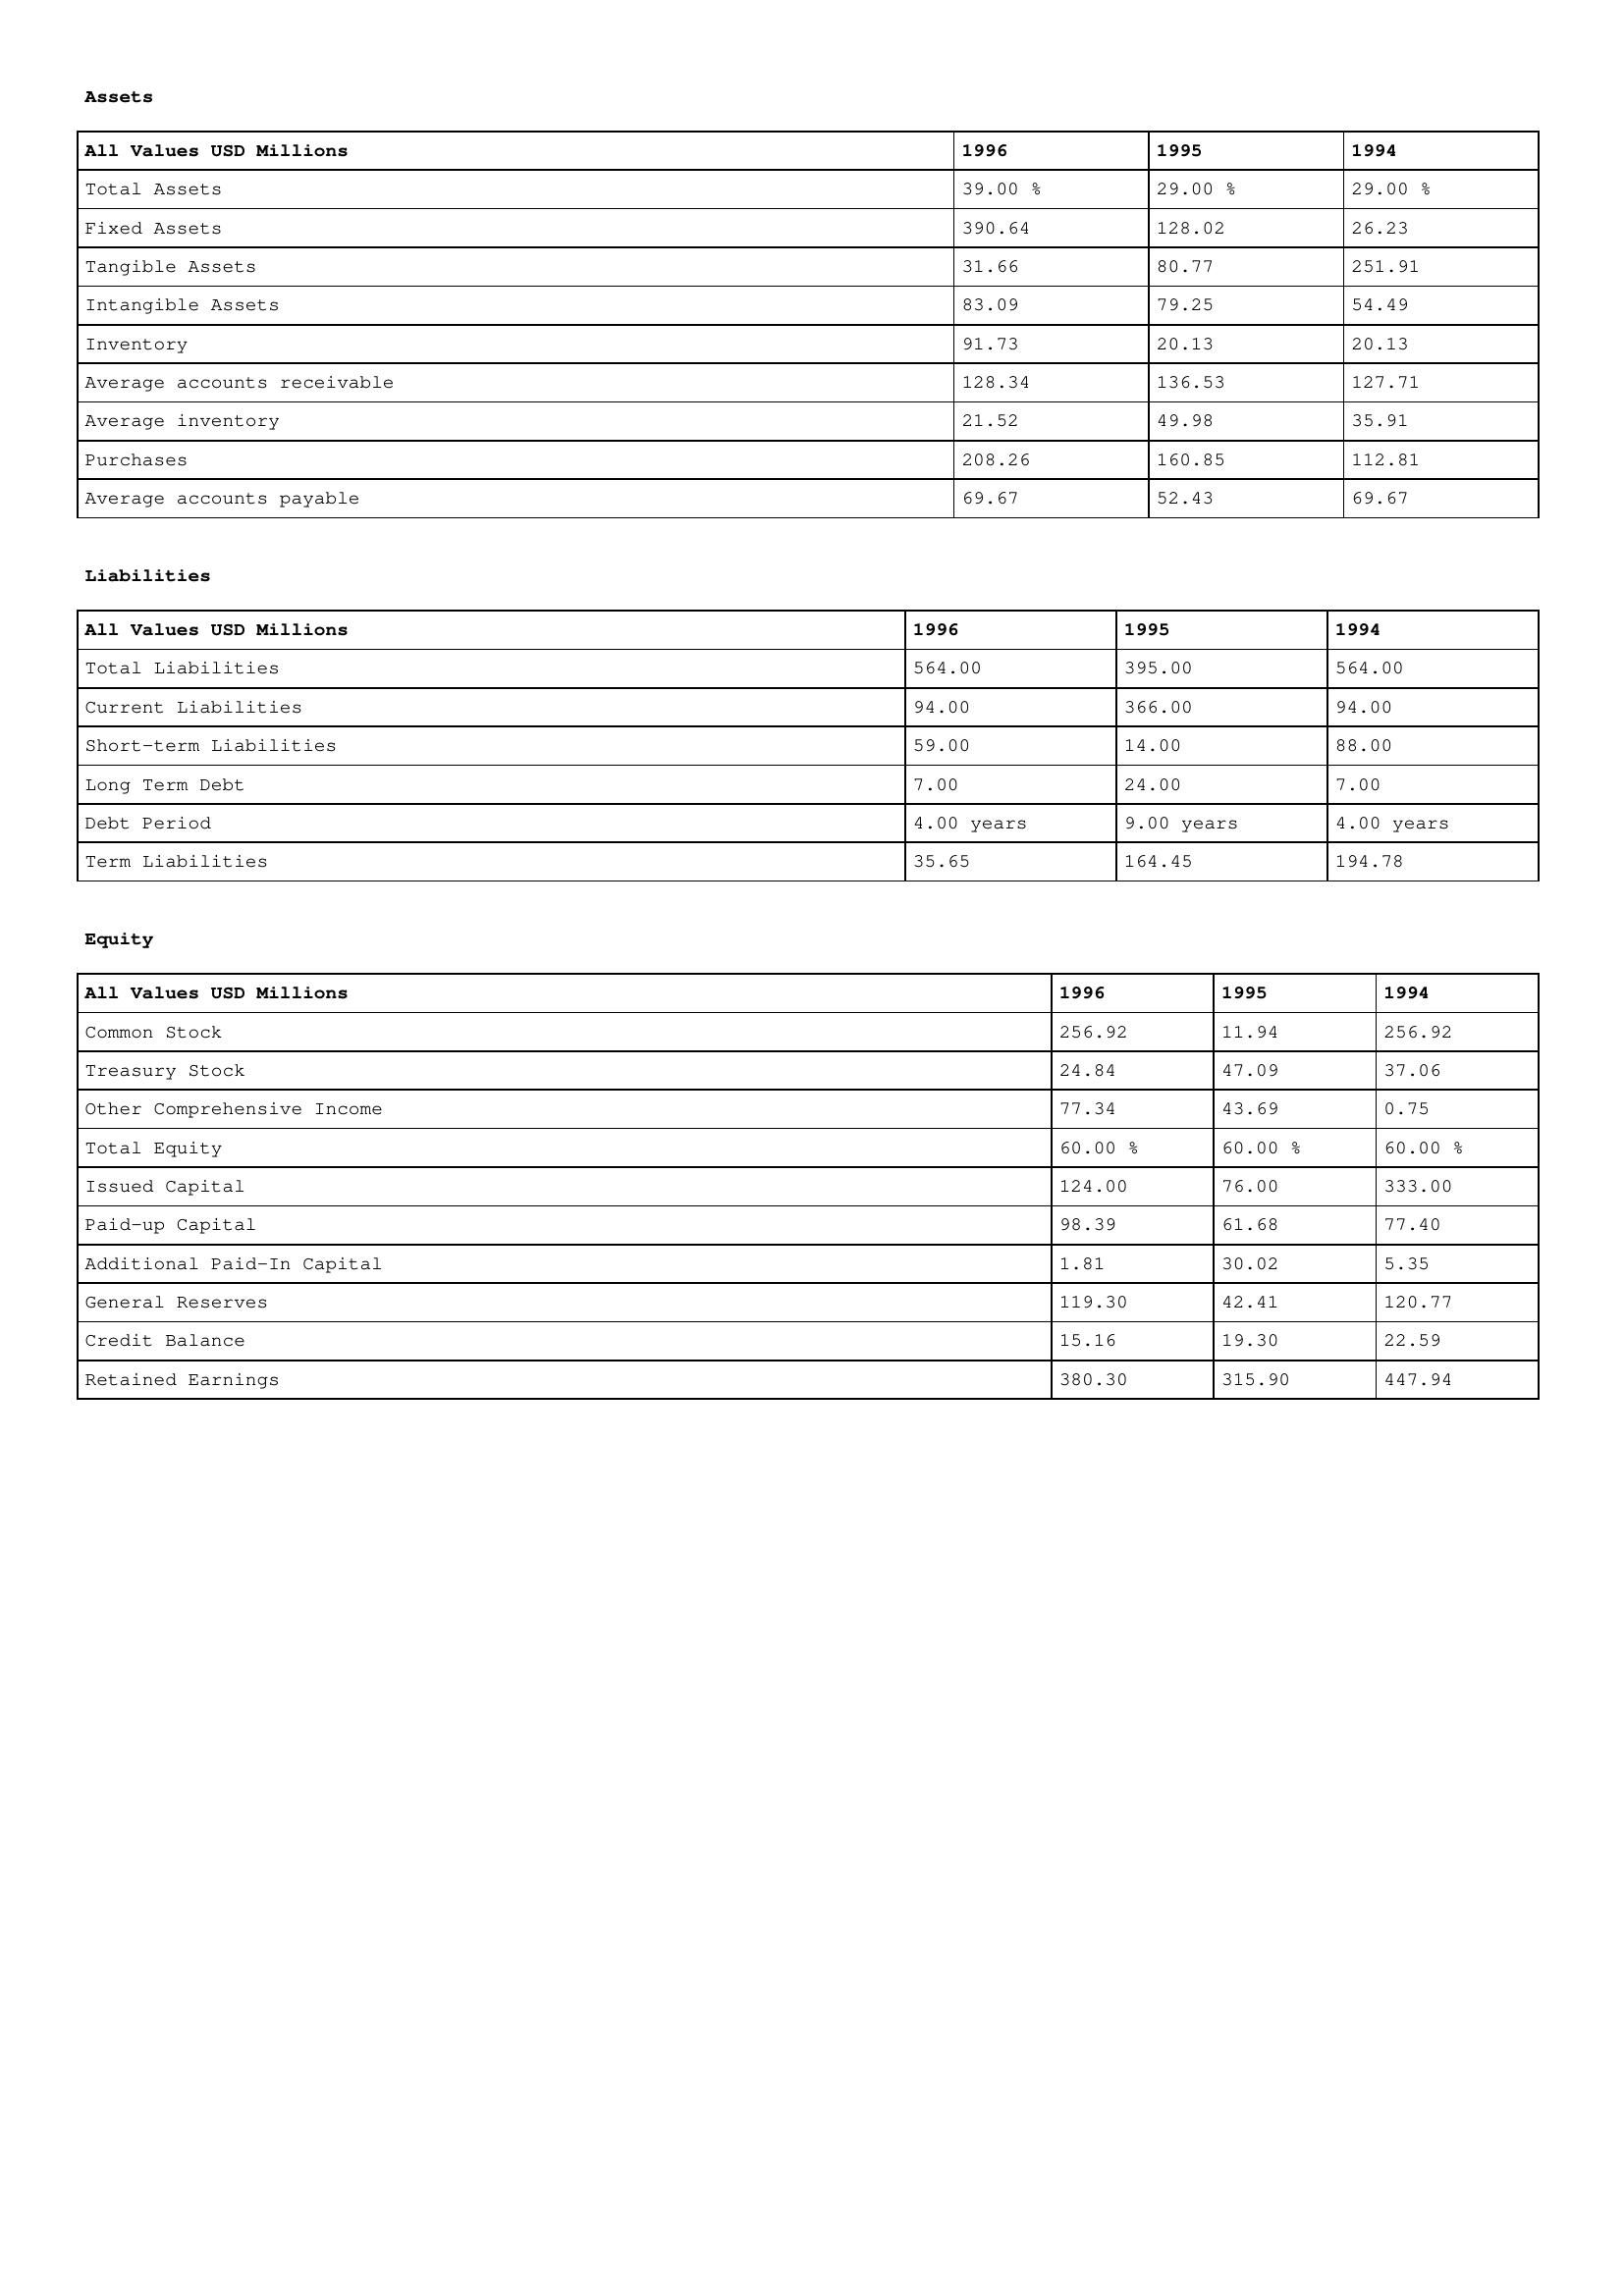
gt_parse: 1996: Assets: Total Assets: 39.00 %
Fixed Assets: 390.64
Tangible Assets: 31.66
Intangible Assets: 83.09
Inventory: 91.73
Average accounts receivable: 128.34
Average inventory: 21.52
Purchases: 208.26
Average accounts payable: 69.67
Liabilities: Total Liabilities: 564.00
Current Liabilities: 94.00
Short-term Liabilities: 59.00
Long Term Debt: 7.00
Debt Period: 4.00 years
Term Liabilities: 35.65
Equity: Common Stock: 256.92
Treasury Stock: 24.84
Other Comprehensive Income: 77.34
Total Equity: 60.00 %
Issued Capital: 124.00
Paid-up Capital: 98.39
Additional Paid-In Capital: 1.81
General Reserves: 119.30
Credit Balance: 15.16
Retained Earnings: 380.30
1995: Assets: Total Assets: 29.00 %
Fixed Assets: 128.02
Tangible Assets: 80.77
Intangible Assets: 79.25
Inventory: 20.13
Average accounts receivable: 136.53
Average inventory: 49.98
Purchases: 160.85
Average accounts payable: 52.43
Liabilities: Total Liabilities: 395.00
Current Liabilities: 366.00
Short-term Liabilities: 14.00
Long Term Debt: 24.00
Debt Period: 9.00 years
Term Liabilities: 164.45
Equity: Common Stock: 11.94
Treasury Stock: 47.09
Other Comprehensive Income: 43.69
Total Equity: 60.00 %
Issued Capital: 76.00
Paid-up Capital: 61.68
Additional Paid-In Capital: 30.02
General Reserves: 42.41
Credit Balance: 19.30
Retained Earnings: 315.90
1994: Assets: Total Assets: 29.00 %
Fixed Assets: 26.23
Tangible Assets: 251.91
Intangible Assets: 54.49
Inventory: 20.13
Average accounts receivable: 127.71
Average inventory: 35.91
Purchases: 112.81
Average accounts payable: 69.67
Liabilities: Total Liabilities: 564.00
Current Liabilities: 94.00
Short-term Liabilities: 88.00
Long Term Debt: 7.00
Debt Period: 4.00 years
Term Liabilities: 194.78
Equity: Common Stock: 256.92
Treasury Stock: 37.06
Other Comprehensive Income: 0.75
Total Equity: 60.00 %
Issued Capital: 333.00
Paid-up Capital: 77.40
Additional Paid-In Capital: 5.35
General Reserves: 120.77
Credit Balance: 22.59
Retained Earnings: 447.94